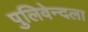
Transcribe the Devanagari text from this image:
पुलिवेन्दला